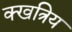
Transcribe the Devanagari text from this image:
क्खत्रिय